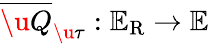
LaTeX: \overline{{\u{Q}}}_{\u{\tau}}:\mathbb{E}_{\mathrm{R}}\rightarrow\mathbb{E}